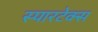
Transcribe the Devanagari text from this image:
स्पारटेक्स